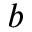
^ b